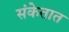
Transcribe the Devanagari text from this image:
संकेतात